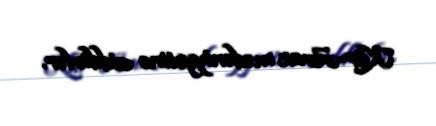
Kür-Araz mədəniyyətinə aiddirlər.